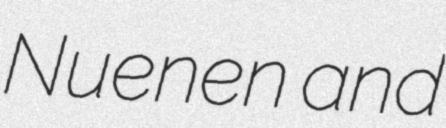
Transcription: Nuenen and